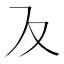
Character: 𭆥